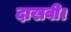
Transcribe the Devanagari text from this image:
दाखवी।